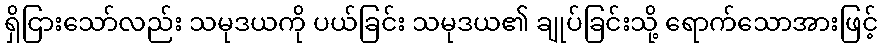
ရှိငြားသော်လည်း သမုဒယကို ပယ်ခြင်း သမုဒယ၏ ချုပ်ခြင်းသို့ ရောက်သောအားဖြင့်